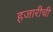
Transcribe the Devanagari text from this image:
हजारीची